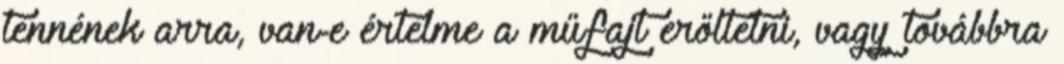
tennének arra, van-e értelme a műfajt erőltetni, vagy továbbra